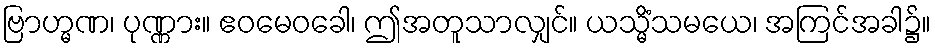
ဗြာဟ္မဏ၊ ပုဏ္ဏား။ ဧဝမေဝခေါ၊ ဤအတူသာလျှင်။ ယသ္မိံသမယေ၊ အကြင်အခါ၌။